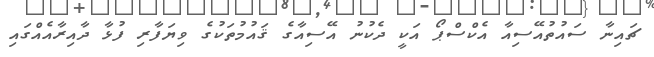
ޗައިނާ ސައުތުއޭސިއާ އެކްސްޕޯ އަކީ ދެކުނު އޭސިއާގެ ޤައުމުތަކުގެ ވިޔަފާރި ފުޅާ ދާއިރާއެއްގައި